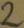
Text: 2